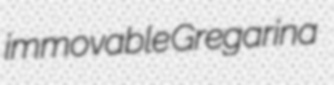
immovable Gregarina